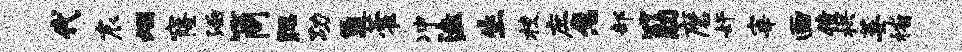
代宸烟窿涵筒腮功氲藿冲溘生校庶急部筋磨奸宰画僮拱萎稽